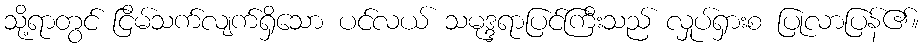
သို့ရာတွင် ငြိမ်သက်လျက်ရှိသော ပင်လယ် သမုဒ္ဒရာပြင်ကြီးသည် လှုပ်ရှားစ ပြုလာပြန်၏။